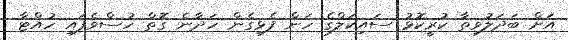
އަށް ބަދަލުވިތާ ކުރީކޮޅު ސައިކަލްގެ ހަން ފެޅިގެން ހަދާނެ ގޮތް ހުސްވެފައި ހުއްޓާ